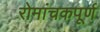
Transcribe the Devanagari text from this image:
रोमांचकपूर्ण